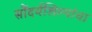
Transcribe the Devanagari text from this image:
सौंदर्यशिल्पांचा